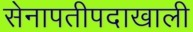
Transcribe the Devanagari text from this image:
सेनापतीपदाखाली